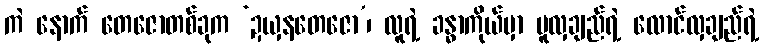
ကဲ နောက် တေဇောတစ်ခုက ‘ဍယှနတေဇော’၊ လူရဲ့ ခန္ဓာကိုယ်မှာ ပူလှချည်ရဲ့ လောင်လှချည်ရဲ့